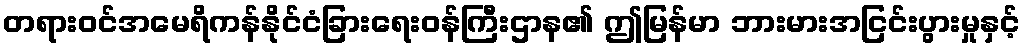
တရားဝင်အမေရိကန်နိုင်ငံခြားရေးဝန်ကြီးဌာန၏ ဤမြန်မာ ဘားမားအငြင်းပွားမှုနှင့်